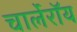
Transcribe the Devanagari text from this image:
चार्लेरॉय